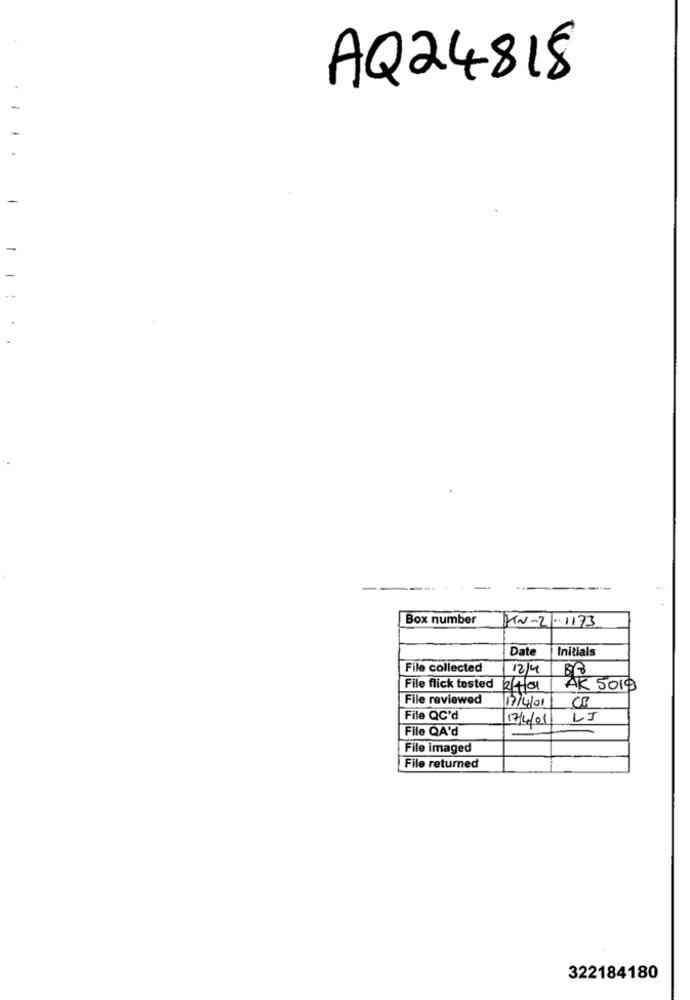
AQ24818
Box number
KN-2 .1173
Date
Initials
File collected
12/4
File flick tested
2/4/01
AK 5019
File reviewed
17/4/01
File QC'd
17/4/01
LJ
File QA'd
File imaged
File returned
322184180